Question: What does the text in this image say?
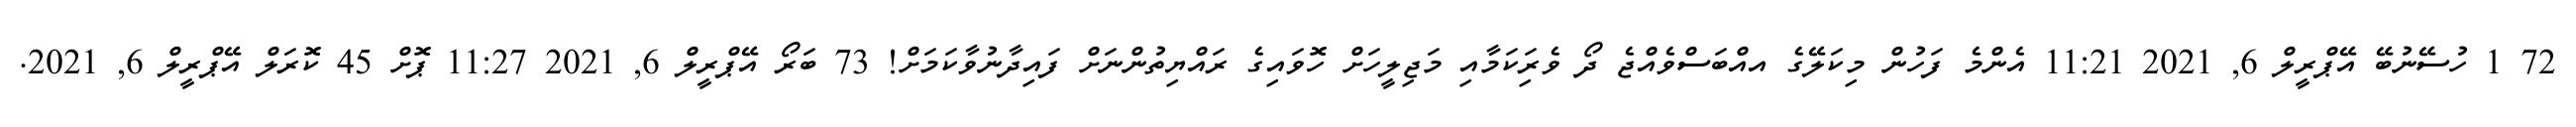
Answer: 72 1 ހުސޭނުބޭ އޭޕްރީލް 6, 2021 11:21 އެންމެ ފަހުން މިކަލޭގެ އއްބަސްވެއްޖެ ދޯ ވެރިަކަމާއި މަޖިލީހަށް ހޮވައިގެ ރައްޔިތުންނަށް ފައިދާނުވާކަމަށް! 73 ބަރޯ އޭޕްރީލް 6, 2021 11:27 ޕޮށް 45 ކޮރަލް އޭޕްރީލް 6, 2021.